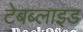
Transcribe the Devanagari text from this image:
टेबब्लाइड